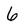
Character: 6